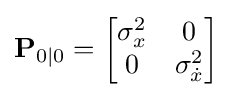
\mathbf {P} _{0\mid 0}={\begin{bmatrix}\sigma _{x}^{2}&0\\0&\sigma _{\dot {x}}^{2}\end{bmatrix}}